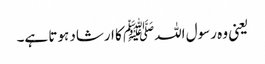
یعنی وہ رسول اللہﷺ کا ارشاد ہوتا ہے۔